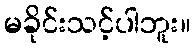
မခိုင်းသင့်ပါဘူး။